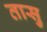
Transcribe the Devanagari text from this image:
तासु